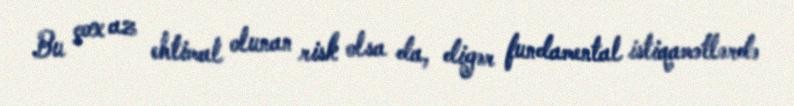
Bu çox az ehtimal olunan risk olsa da, digər fundamental istiqamətlərdə